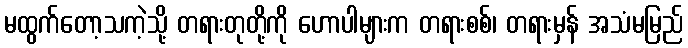
မထွက်တော့သကဲ့သို့ တရားတုတို့ကို ဟောပါများက တရားစစ်၊ တရားမှန် အသံမမြည်